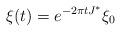
LaTeX: \begin{align*}\xi(t) = e^{-2\pi t J^*} \xi_0\end{align*}